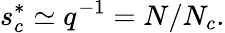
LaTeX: s_{c}^{*}\simeq q^{-1}=N/N_{c}.